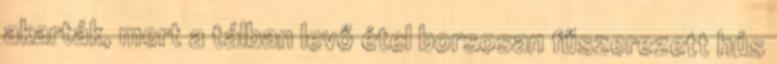
akarták, mert a tálban levő étel borsosan fűszerezett hús